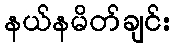
နယ်နမိတ်ချင်း